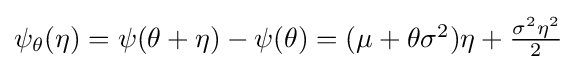
{\textstyle \psi _{\theta }(\eta )=\psi (\theta +\eta )-\psi (\theta )=(\mu +\theta \sigma ^{2})\eta +{\frac {\sigma ^{2}\eta ^{2}}{2}}}